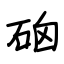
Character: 硇